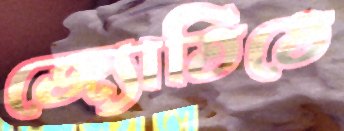
জ্যোতিতে